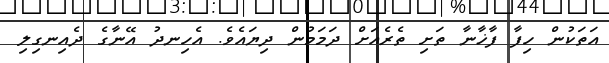
އަތަކުން ހިފާ ފާޚާނާ ތަށި ތެރެއަށް ދަމަމުން ދިޔައެވެ. އެހިނދު އޭނާގެ ދެއިނގިލި